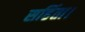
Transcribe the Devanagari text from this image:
सहिंता।